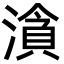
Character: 㵅